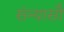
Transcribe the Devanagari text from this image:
संन्यासौ